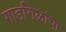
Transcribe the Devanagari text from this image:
गाडगिळांचा